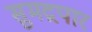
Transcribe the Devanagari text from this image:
सुमद्रपार